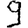
Digit: 9